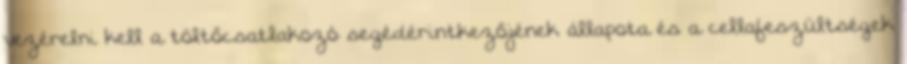
vezérelni kell a töltőcsatlakozó segédérintkezőjének állapota és a cellafeszültségek